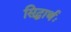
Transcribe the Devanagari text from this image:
सिद्धार्थः